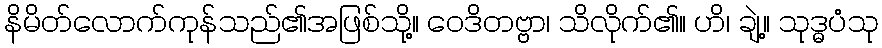
နိမိတ်လောက်ကုန်သည်၏အဖြစ်သို့။ ဝေဒိတဗ္ဗာ၊ သိလိုက်၏။ ဟိ၊ ချဲ့။ သုဒ္ဓပံသု